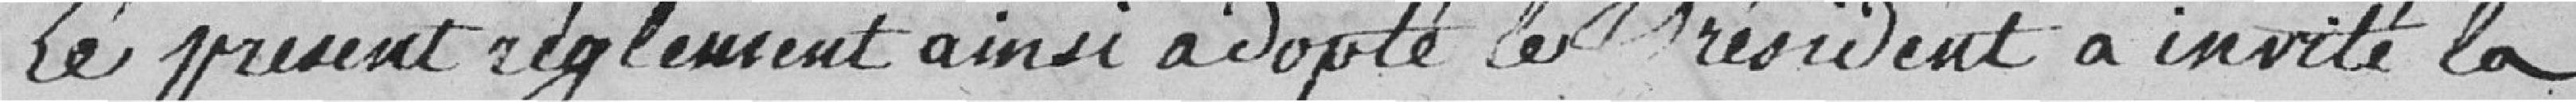
Le présent règlement ainsi adopté, le Président a invité la